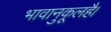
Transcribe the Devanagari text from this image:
भावानुकूलहै।